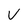
Character: V